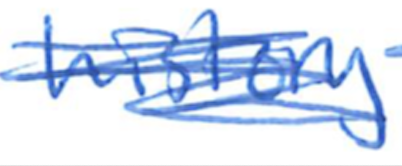
Text: history
Cross-out: scratch
Writing tool: ballpoint